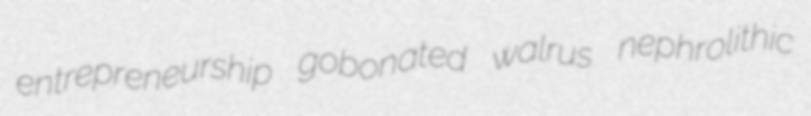
entrepreneurship gobonated walrus nephrolithic